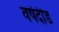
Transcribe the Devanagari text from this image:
वर्षदीड